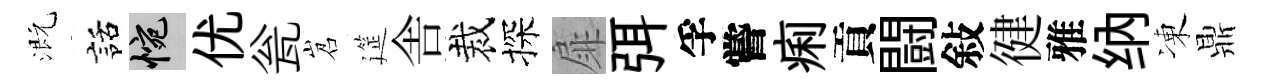
溉話惋优瓮岧筵舎裁探扉弭孚嘗痢貢闘敍徤雅纳凍鼎